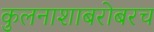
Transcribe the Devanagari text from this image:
कुलनाशाबरोबरच